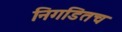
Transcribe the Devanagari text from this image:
निगडितच